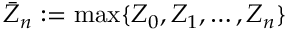
\bar { Z } _ { n } : = \operatorname* { m a x } \{ Z _ { 0 } , Z _ { 1 } , \ldots , Z _ { n } \}